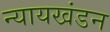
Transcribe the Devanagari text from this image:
न्यायखंडन